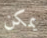
يمكن